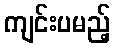
ကျင်းပမည့်